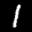
Label: 1